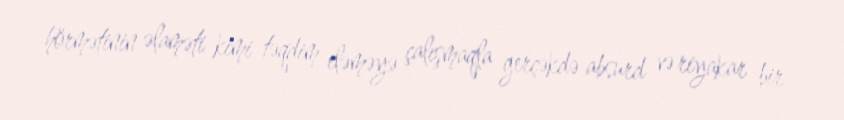
hörmətinin əlaməti kimi təqdim eləməyə çalışmaqla gerçəkdə absurd və riyakar bir